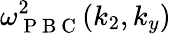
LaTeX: \omega_{\mathrm{~P~B~C~}}^{2}(k_{2},k_{y})